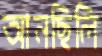
আনছিলি